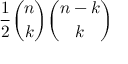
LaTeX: { \frac { 1 } { 2 } } { \binom { n } { k } } { \binom { n - k } { k } }